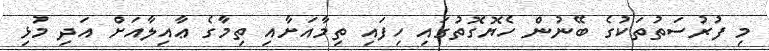
މި ފުރުސަތުތަކުގެ ބޭނުން ހެޔޮގޮތުގައި ހިފައި ތިމާއަށާއި ތިމާގެ ޢާއިލާއަށް އަދި މުޅި